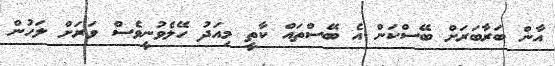
އާން ބަރާބަރަށް ބޭސްކަން އެ ބޭސްތައް ކާތީ މިއަދު ހޭލެވުނީވެސް ވަރަށް ލަހުން